Report on plague and inoculation in the Punjab from October 1st ... to September 30th..., being the ... season of plague in the province
Disease focus: Plague
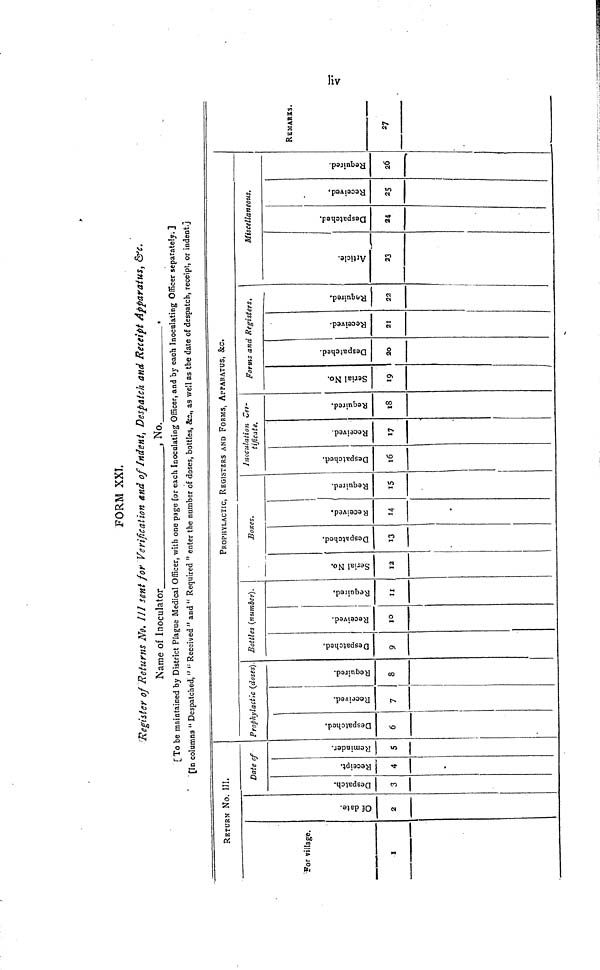
FORM XXI.
'Register of Returns No. Ill sent for Verification and of Indent, Despatch and Receipt Apparatus, &c.
Name of Inoculator
, No.
.
[To be maintained by District Plague Medical Officer, with one page for each Inoculating Officer, and by each Inoculating Officer separately. ]
[In columns " Despatched, " " Received" and " Required " enter the number of doses, bottles, &c. as well as the date of despatch, receipt, or indent.]
RETURN NO. III.
For village.
1
Date of
Of date.
2
Despatch.
3
Receipt.
4
Reminder.
5
PROPHYLACTIC, REGISTERS AND FORMS, APPARATUS, &C.
Prophylactic {doses).
Despatched.
6
Received.
7
i - -
-
¡
Required.
8
Bottles (number).
Despatched.
9
Received.
10
Required.
II
Serial No.
12
Despatched. Received. Required.
15
lnoculation Cer-
tificate.
Despatched.
16
Received.
17
Required.
18
Forms and Registers,
Serial No.
19
Despatched.
20
Received.
21
Required.
22
i
Miscellaneous.
Article.
33
Despatched.
24
Received.
25
Required.
26
REMARKS.
27